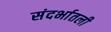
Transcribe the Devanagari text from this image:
संदर्भातली